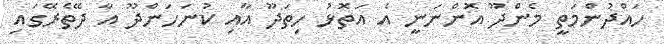
ހައްދުންމަތީ މެންދޫ އޮންނަނީ އެ އަތޮޅު ހިތަދޫ އާއި ކުނަހަންދޫ އާ ދޭތެރޭގައި